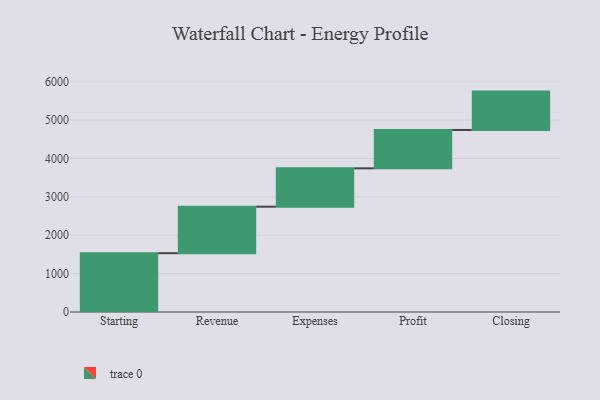
{"axis": {"x": "Step", "y": "Value"}, "legend": [""], "data": [{"x": "Starting", "y": 1533.0, "type": ""}, {"x": "Revenue", "y": 1212.0, "type": ""}, {"x": "Expenses", "y": 1000, "type": ""}, {"x": "Profit", "y": 1000, "type": ""}, {"x": "Closing", "y": 1000, "type": ""}]}